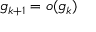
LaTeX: g _ { k + 1 } = o ( g _ { k } )